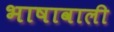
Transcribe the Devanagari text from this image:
भाषावाली